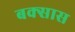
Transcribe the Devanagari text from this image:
बक्सास